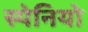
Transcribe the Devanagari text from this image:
स्पेनियो